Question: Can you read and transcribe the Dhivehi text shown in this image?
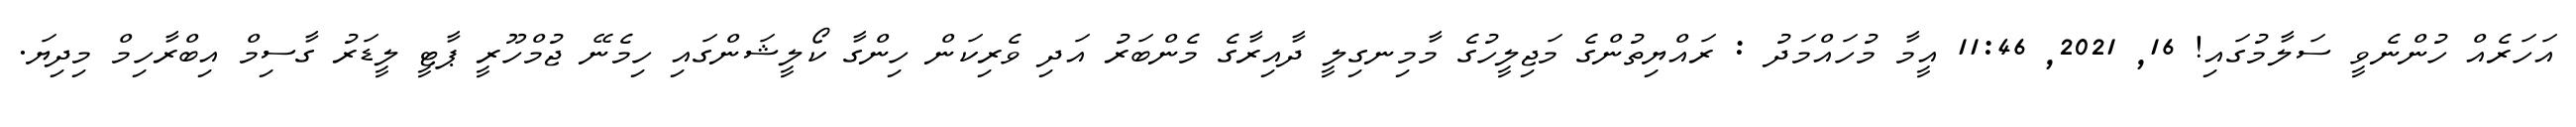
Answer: އަހަރެއް ހުންނެވީ ސަލާމުގައި! 16, 2021, 11:46 އީމާ މުހައްމަދު : ރައްޔިތުންގެ މަޖިލީހުގެ މާމިނގިލީ ދާއިރާގެ މެންބަރު އަދި ވެރިކަން ހިންގާ ކޯލީޝަންގައި ހިމެނޭ ޖުމްހޫރީ ޕާޓީ ލީޑަރު ގާސިމް އިބްރާހިމް މިދިޔަ.